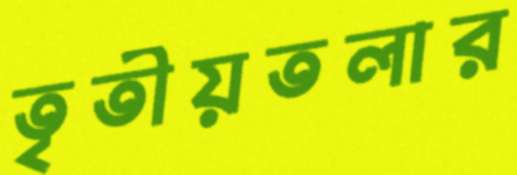
তৃতীয়তলার